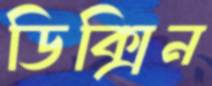
ডিক্সিন